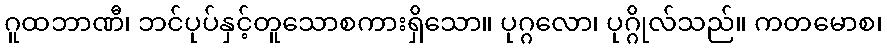
ဂူထဘာဏီ၊ ဘင်ပုပ်နှင့်တူသောစကားရှိသော။ ပုဂ္ဂလော၊ ပုဂ္ဂိုလ်သည်။ ကတမောစ၊